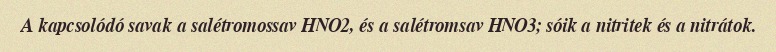
A kapcsolódó savak a salétromossav HNO2, és a salétromsav HNO3; sóik a nitritek és a nitrátok.